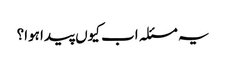
یہ مسئلہ اب کیوں پیدا ہوا؟